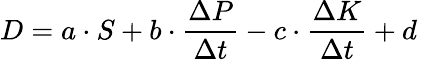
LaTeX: D=a\cdot S+b\cdot{\frac{\Delta P}{\Delta t}}-c\cdot{\frac{\Delta K}{\Delta t}}+d\,